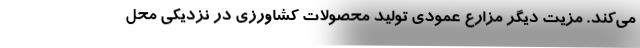
می‌کند. مزیت دیگر مزارع عمودی تولید محصولات کشاورزی در نزدیکی محل